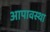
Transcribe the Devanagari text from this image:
आपावस्था